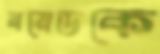
বয়েডকে